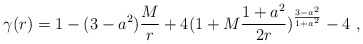
\begin{align*}\gamma (r)= 1- (3-a^2) {M \over r} +4 ( 1 + M {{1 + a^2} \over {2r}}) ^{{3-a^2} \over {1 + a^2 }} -4 \ ,\end{align*}